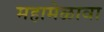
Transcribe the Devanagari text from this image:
महामेळावा